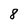
Character: 8